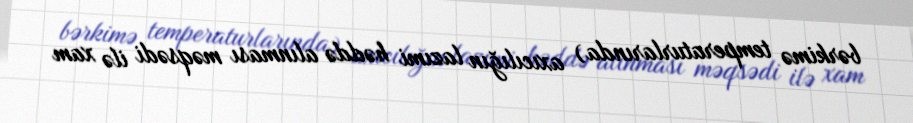
bərkimə temperaturlarında) axıcılığın lazımi həddə alınması məqsədi ilə xam